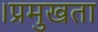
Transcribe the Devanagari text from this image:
।प्रमुखता